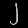
Digit: ၂